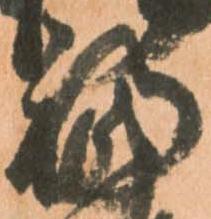
福